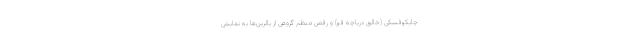
چایکوفسکی (خالق دریاچه قو) و رقص منظم گروهی از بالرین‌ها به نمایش